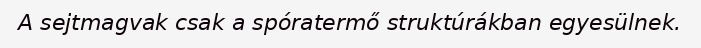
A sejtmagvak csak a spóratermő struktúrákban egyesülnek.